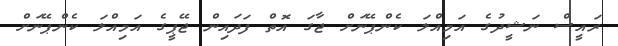
ރައީސް ނަޝީދުގެ އަމިއްލަ ކެންޕޭނަށް ޖާގަ އޮތް ފަދައިން ޖޭޕީގެ އަމިއްލަ ކެންޕޭނަށް